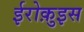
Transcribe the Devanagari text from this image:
ईरोक़ुइस